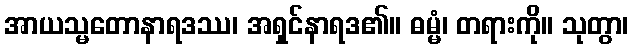
အာယသ္မတောနာရဒဿ၊ အရှင်နာရဒ၏။ ဓမ္မံ၊ တရားကို။ သုတွာ၊